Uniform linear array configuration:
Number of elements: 32
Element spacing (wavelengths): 0.25
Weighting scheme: hamming
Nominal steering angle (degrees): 30
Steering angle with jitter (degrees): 28.58
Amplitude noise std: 0.05
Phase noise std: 0.05

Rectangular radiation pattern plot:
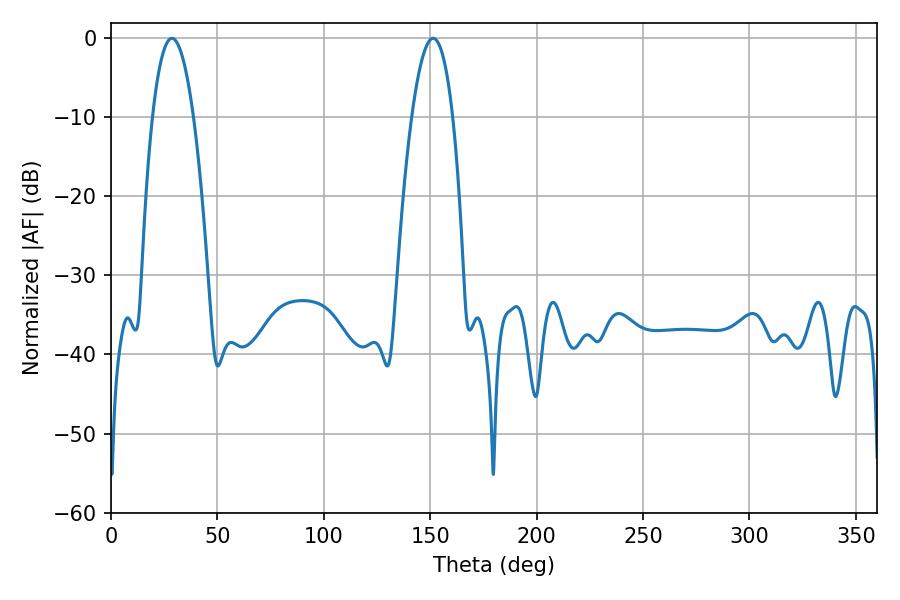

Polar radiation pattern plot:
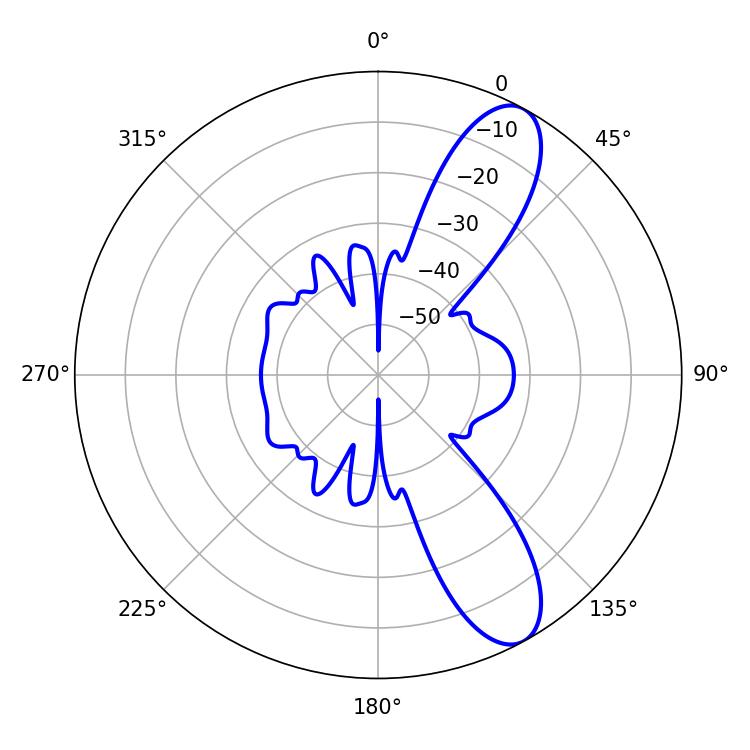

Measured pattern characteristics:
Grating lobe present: FALSE
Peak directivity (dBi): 10.178
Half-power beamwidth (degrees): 10.62
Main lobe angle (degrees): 28.62